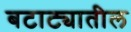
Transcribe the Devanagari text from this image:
बटाट्यातील